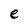
Character: e